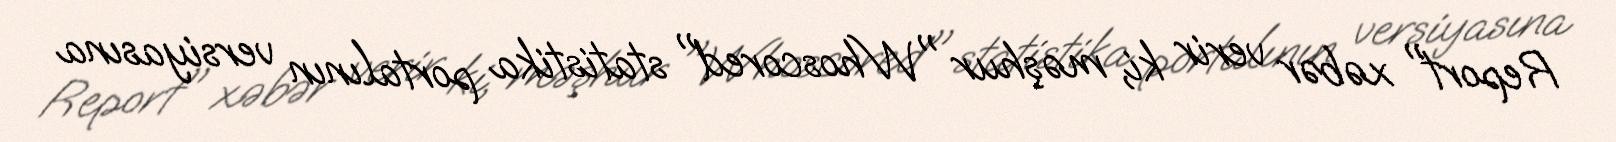
Report" xəbər verir ki, məşhur "Whoscored" statistika portalının versiyasına